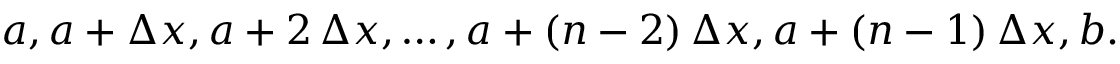
a , a + \Delta x , a + 2 \, \Delta x , \ldots , a + ( n - 2 ) \, \Delta x , a + ( n - 1 ) \, \Delta x , b .